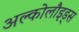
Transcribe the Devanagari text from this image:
अल्कोलौइड्स